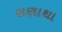
સણાથા